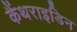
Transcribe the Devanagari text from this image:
कैंथराइडिन